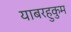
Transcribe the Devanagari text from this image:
याबरहुकुम